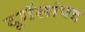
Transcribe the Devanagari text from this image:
दूर्गसांपद